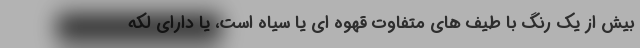
بیش از یک رنگ با طیف های متفاوت قهوه ای یا سیاه است، یا دارای لکه